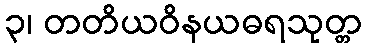
၃၊ တတိယဝိနယဓရသုတ္တ